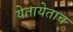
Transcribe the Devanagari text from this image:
येतायेताच